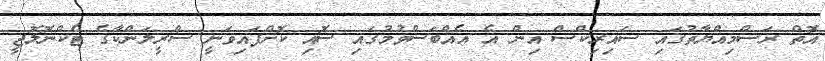
އޮތް ރަސްމިއްޔާތުގައި ސައިރިކްސް އިން އެ އެއްބަސްވުމުގައި ސޮއި ކޮށްފައިވަނީ ސްރީލަންކާގެ ޓެކްނޮލޮޖީ